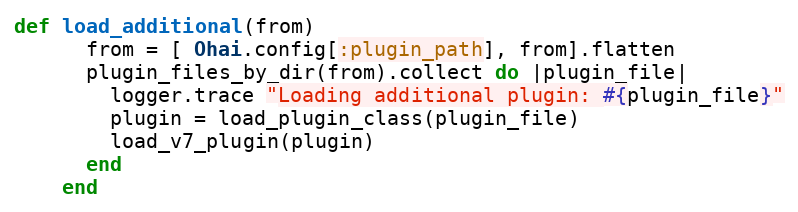
Language: Ruby
def load_additional(from)
      from = [ Ohai.config[:plugin_path], from].flatten
      plugin_files_by_dir(from).collect do |plugin_file|
        logger.trace "Loading additional plugin: #{plugin_file}"
        plugin = load_plugin_class(plugin_file)
        load_v7_plugin(plugin)
      end
    end